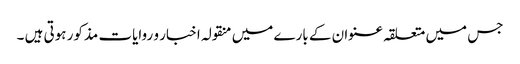
جس میں متعلقہ عنوان کے بارے میں منقولہ اخبار و روایات مذکور ہوتی ہیں ۔